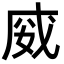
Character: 𭑿